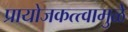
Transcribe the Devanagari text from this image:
प्रायोजकत्त्वामुळे